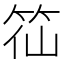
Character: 𥬍